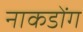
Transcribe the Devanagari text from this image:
नाकडोंग